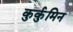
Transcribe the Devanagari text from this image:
कुर्कुमिन